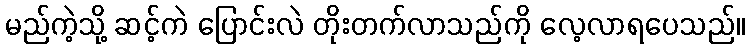
မည်ကဲ့သို့ ဆင့်ကဲ ပြောင်းလဲ တိုးတက်လာသည်ကို လေ့လာရပေသည်။